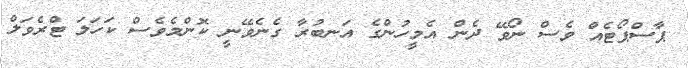
ޕާސްޕޯޓެއް ވެސް ނޯވޭ ދެން އެމީހުންގެ އަނބުރާ ގެނެވޭނީ ކޮންމެވެސް ކަހަލަ ޓްރެވަލް